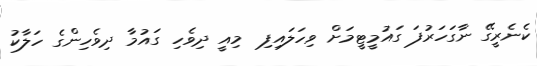
ކެނެރީގޭ ނާގަހަރުފަ ގައުމީޓީމަށް ވިހަލައިފި  މިއީ ދިވެހި ގައުމާ ދިވެހިންގެ ހަލާކު